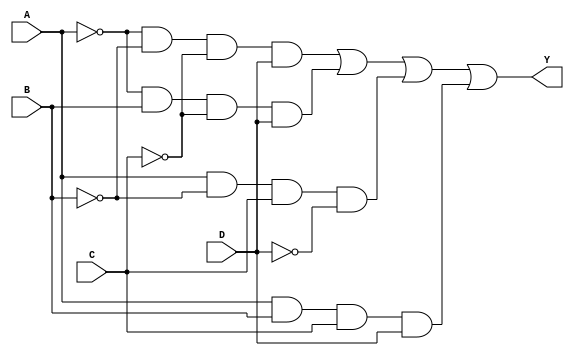
module essential_prime_implicants(
    input wire A,      // Input variable A
    input wire B,      // Input variable B
    input wire C,      // Input variable C
    input wire D,      // Input variable D
    output wire Y      // Output variable
);

// Define the essential prime implicants based on the minterms
// For example, let's assume the function is true for minterms 1, 3, 7, 11
// This corresponds to the following essential prime implicants:
// - A'B'C'D (minterm 1)
// - A'BC'D (minterm 3)
// - AB'C'D (minterm 7)
// - ABCD (minterm 11)

// Implementing the logic for the identified essential prime implicants
wire term1 = ~A & ~B & ~C & D;  // A'B'C'D
wire term2 = ~A & B & ~C & D;   // A'BC'D
wire term3 = A & ~B & C & ~D;   // AB'C'D
wire term4 = A & B & C & D;      // ABCD

// Combine the terms using OR gates to produce the final output
assign Y = term1 | term2 | term3 | term4;

endmodule